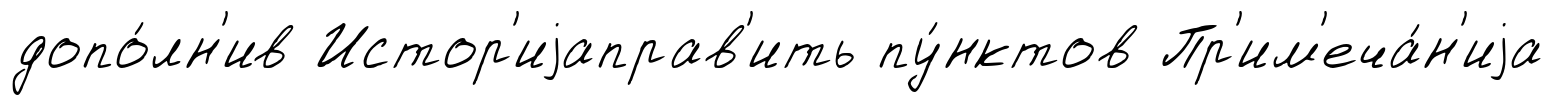
допо́лн'ив Истор'иjаправ'ить пу́нктов Пр'им'еча́н'иjа